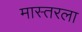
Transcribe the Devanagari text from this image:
मास्तरला